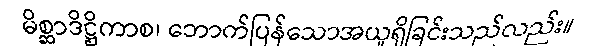
မိစ္ဆာဒိဋ္ဌိကာစ၊ ဘောက်ပြန်သောအယူရှိခြင်းသည်လည်း။